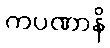
ကပဏာနိ